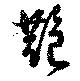
艶